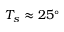
T _ { s } \approx 2 5 ^ { \circ }